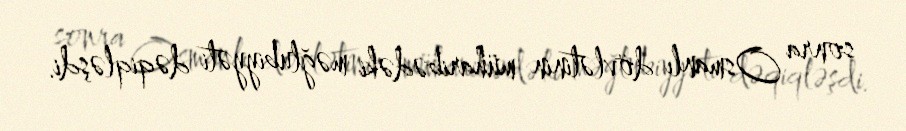
sonra Osmanlı dövlətinin müharibədəki məğlubiyyəti dəqiqləşdi.